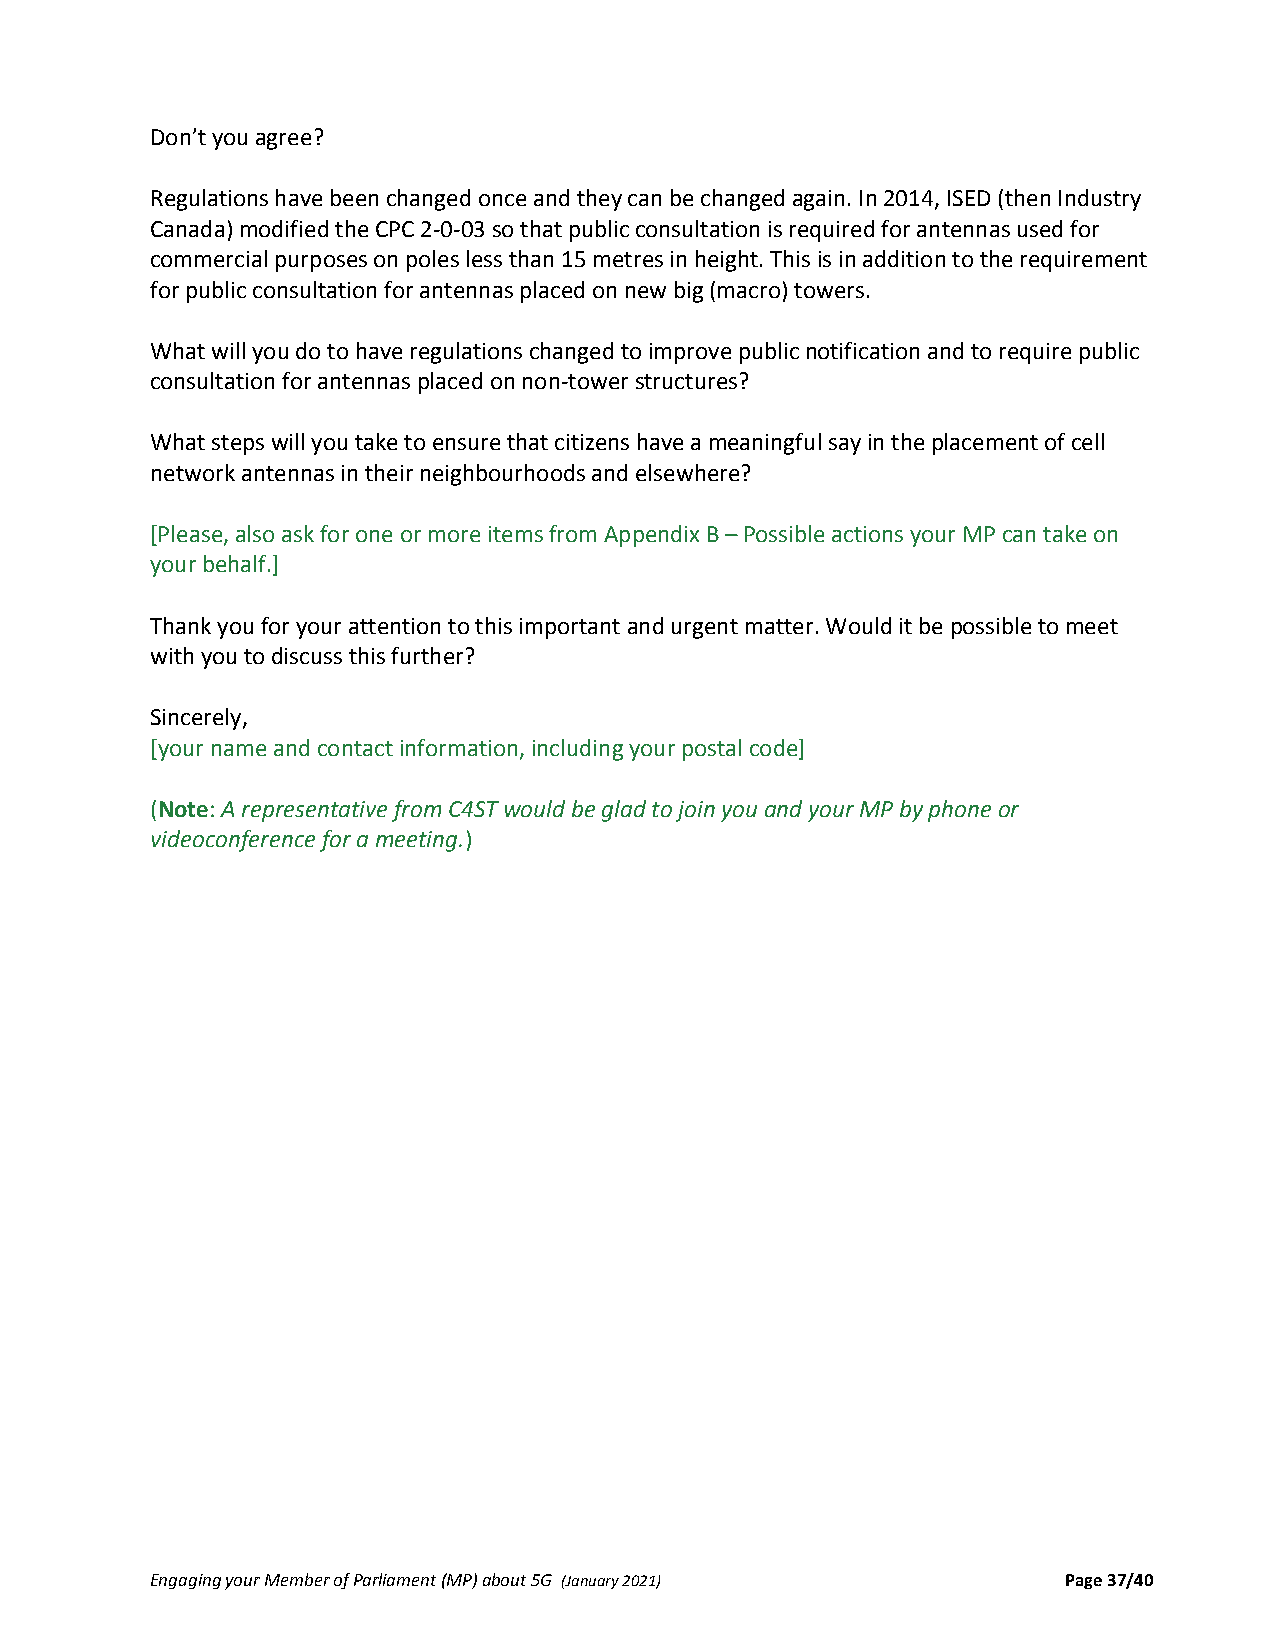
Don’t you agree?
 Regulations have been changed once and they can be changed again. In 2014, ISED (then Industry
 Canada) modified the CPC 2‐0‐03 so that public consultation is required for antennas used for
 commercial purposes on poles less than 15 metres in height. This is in addition to the requirement
 for public consultation for antennas placed on new big (macro) towers.
 What will you do to have regulations changed to improve public notification and to require public
 consultation for antennas placed on non‐tower structures?
 What steps will you take to ensure that citizens have a meaningful say in the placement of cell
 network antennas in their neighbourhoods and elsewhere?
 [Please, also ask for one or more items from Appendix B – Possible actions your MP can take on
 your behalf.]
 Thank you for your attention to this important and urgent matter. Would it be possible to meet
 with you to discuss this further?
 Sincerely,
 [your name and contact information, including your postal code]
 (Note: A representative from C4ST would be glad to join you and your MP by phone or
 videoconference for a meeting.)
 Engaging your Member of Parliament (MP) about 5G (January 2021) Page 37/40